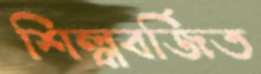
শিল্পবর্জিত